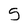
Character: 5